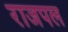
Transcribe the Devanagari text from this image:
राजपल